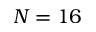
N = 1 6